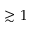
\gtrsim 1